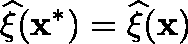
\widehat { \mathbf { \xi } } ( \mathbf { x } ^ { * } ) = \widehat { \mathbf { \xi } } ( \mathbf { x } )